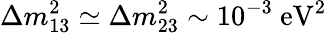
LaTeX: \Delta m_{13}^{2}\simeq\Delta m_{23}^{2}\sim 10^{-3}~\mathrm{eV}^{2}